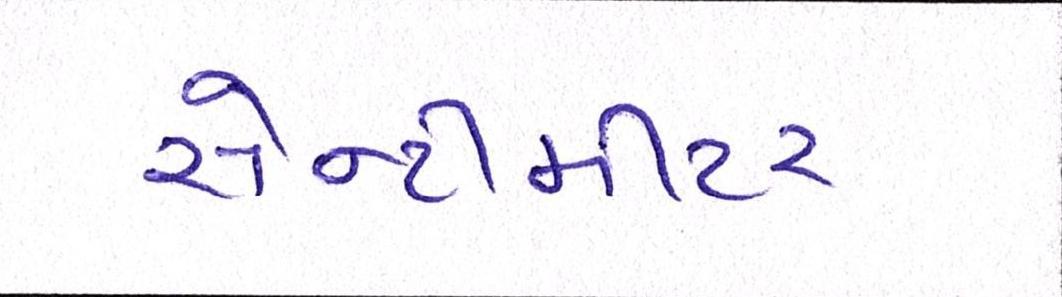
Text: સેન્ટીમીટર